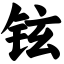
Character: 铉